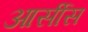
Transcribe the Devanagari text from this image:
आर्सीस